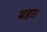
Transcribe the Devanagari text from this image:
बहा।